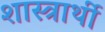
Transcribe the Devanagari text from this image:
शास्त्रार्थी